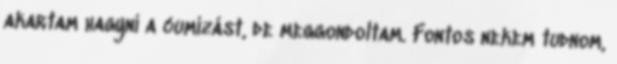
akartam hagyni a cumizást, de meggondoltam. Fontos nekem tudnom,